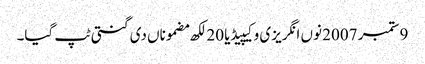
9 ستمبر 2007 نوں انگریزی وکیپیڈیا 20 لکھ مضموناں دی گنتی ٹپ گیا۔